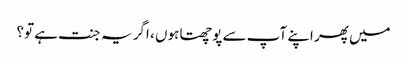
میں پھر اپنے آپ سے پوچھتا ہوں ، اگر یہ جنت ہے تو؟